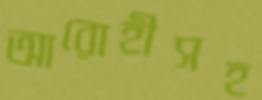
আরোহীসহ